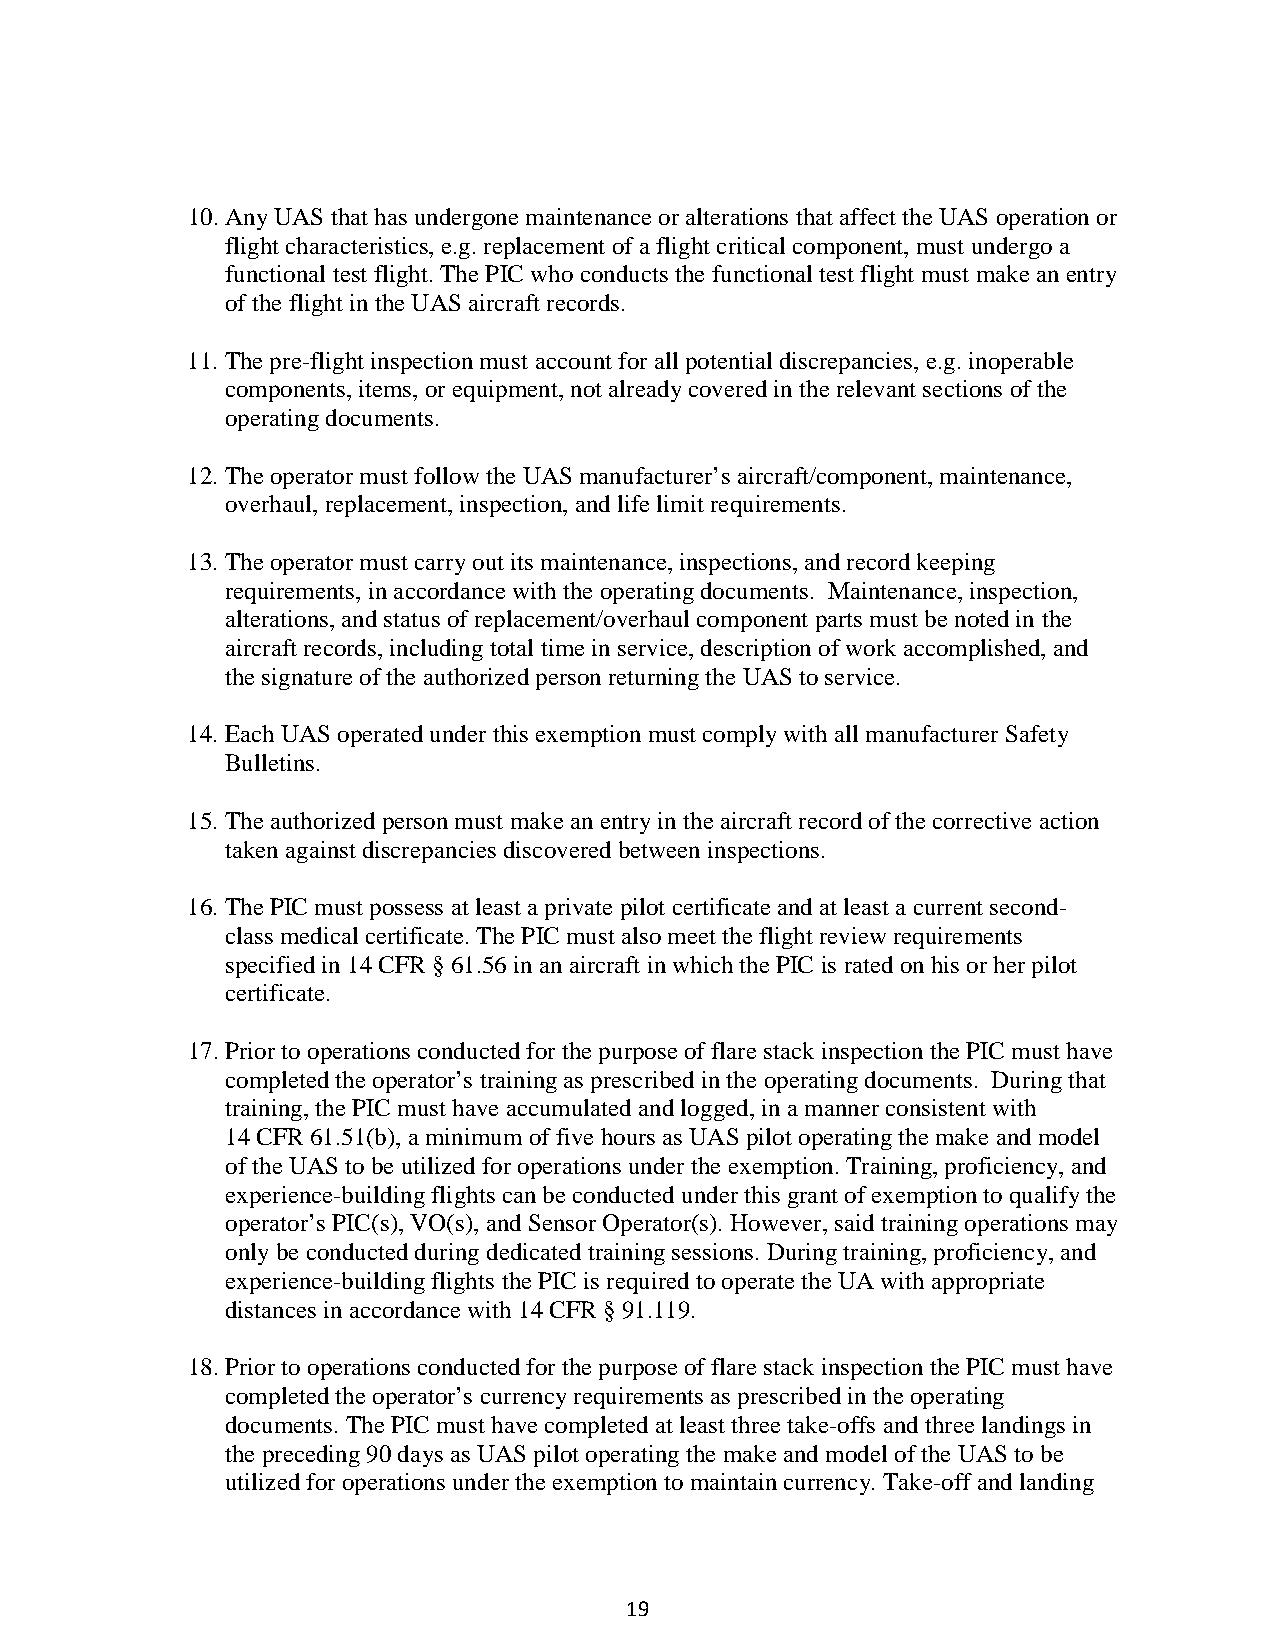
10. Any UAS that has undergone maintenance or alterations that affect the UAS operation or
 flight characteristics, e.g. replacement of a flight critical component, must undergo a
 functional test flight. The PIC who conducts the functional test flight must make an entry
 of the flight in the UAS aircraft records.
 11. The pre-flight inspection must account for all potential discrepancies, e.g. inoperable
 components, items, or equipment, not already covered in the relevant sections of the
 operating documents.
 12. The operator must follow the UAS manufacturer’s aircraft/component, maintenance,
 overhaul, replacement, inspection, and life limit requirements.
 13. The operator must carry out its maintenance, inspections, and record keeping
 requirements, in accordance with the operating documents. Maintenance, inspection,
 alterations, and status of replacement/overhaul component parts must be noted in the
 aircraft records, including total time in service, description of work accomplished, and
 the signature of the authorized person returning the UAS to service.
 14. Each UAS operated under this exemption must comply with all manufacturer Safety
 Bulletins.
 15. The authorized person must make an entry in the aircraft record of the corrective action
 taken against discrepancies discovered between inspections.
 16. The PIC must possess at least a private pilot certificate and at least a current second-
 class medical certificate. The PIC must also meet the flight review requirements
 specified in 14 CFR § 61.56 in an aircraft in which the PIC is rated on his or her pilot
 certificate.
 17. Prior to operations conducted for the purpose of flare stack inspection the PIC must have
 completed the operator’s training as prescribed in the operating documents. During that
 training, the PIC must have accumulated and logged, in a manner consistent with
 14 CFR 61.51(b), a minimum of five hours as UAS pilot operating the make and model
 of the UAS to be utilized for operations under the exemption. Training, proficiency, and
 experience-building flights can be conducted under this grant of exemption to qualify the
 operator’s PIC(s), VO(s), and Sensor Operator(s). However, said training operations may
 only be conducted during dedicated training sessions. During training, proficiency, and
 experience-building flights the PIC is required to operate the UA with appropriate
 distances in accordance with 14 CFR § 91.119.
 18. Prior to operations conducted for the purpose of flare stack inspection the PIC must have
 completed the operator’s currency requirements as prescribed in the operating
 documents. The PIC must have completed at least three take-offs and three landings in
 the preceding 90 days as UAS pilot operating the make and model of the UAS to be
 utilized for operations under the exemption to maintain currency. Take-off and landing
 19